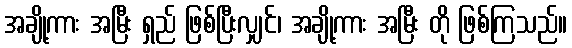
အချို့ကား အမြီး ရှည် ဖြစ်ပြီးလျှင်၊ အချို့ကား အမြီး တို ဖြစ်ကြသည်။